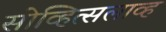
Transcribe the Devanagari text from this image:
सोव्हित्सलाव्ह